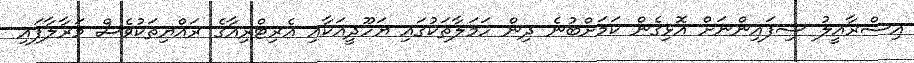
އިސްރާއީލު ސިފައިންނަށް އޮޅިގެން ކަމަށްބުނެ ދިން ހަމަލާތަކުގައި ޔަހޫދީއަކާއި އެރިޓްރިއާގެ ރައްޔިތަކުވެސް މަރާލާފައި